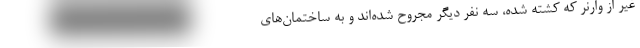
غیر از وارنر که کشته شده، سه نفر دیگر مجروح شده‌اند و به ساختمان‌های